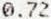
0.72